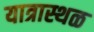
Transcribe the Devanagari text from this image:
यात्रास्थळ